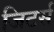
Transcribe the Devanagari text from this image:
जिटर्स